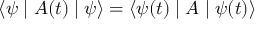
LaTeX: \langle \psi \mid A ( t ) \mid \psi \rangle = \langle \psi ( t ) \mid A \mid \psi ( t ) \rangle